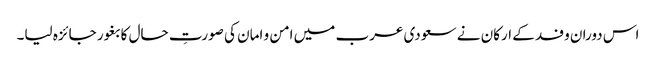
اس دوران وفد کے ارکان نے سعودی عرب میں امن و امان کی صورتِ حال کا بغور جائزہ لیا۔